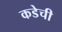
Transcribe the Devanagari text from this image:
कडेची